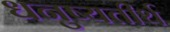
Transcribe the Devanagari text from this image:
धनुष्यतीर्थ